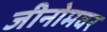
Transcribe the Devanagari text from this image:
जीनोमवर